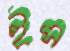
ইস